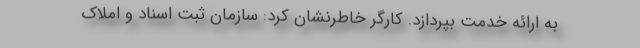
به ارائه خدمت بپردازد. کارگر خاطرنشان کرد: سازمان ثبت اسناد و املاک